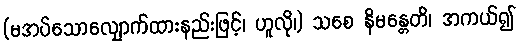
(မအပ်သောလျှောက်ထားနည်းဖြင့်၊ ဟူလို၊) သစေ နိမန္တေတိ၊ အကယ်၍